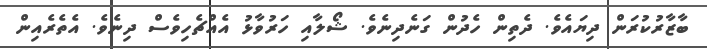
ބާޒާރުކުރަން ދިޔައެވެ. ދެތިން ހެދުން ގަނެދިނެވެ. ޝޯލާއި ހަރުވާޅު އެއްޗެހިވެސް ދިނެވެ. އެތެރެއިން